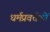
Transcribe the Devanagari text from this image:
धर्मप्रवर्त्तकों